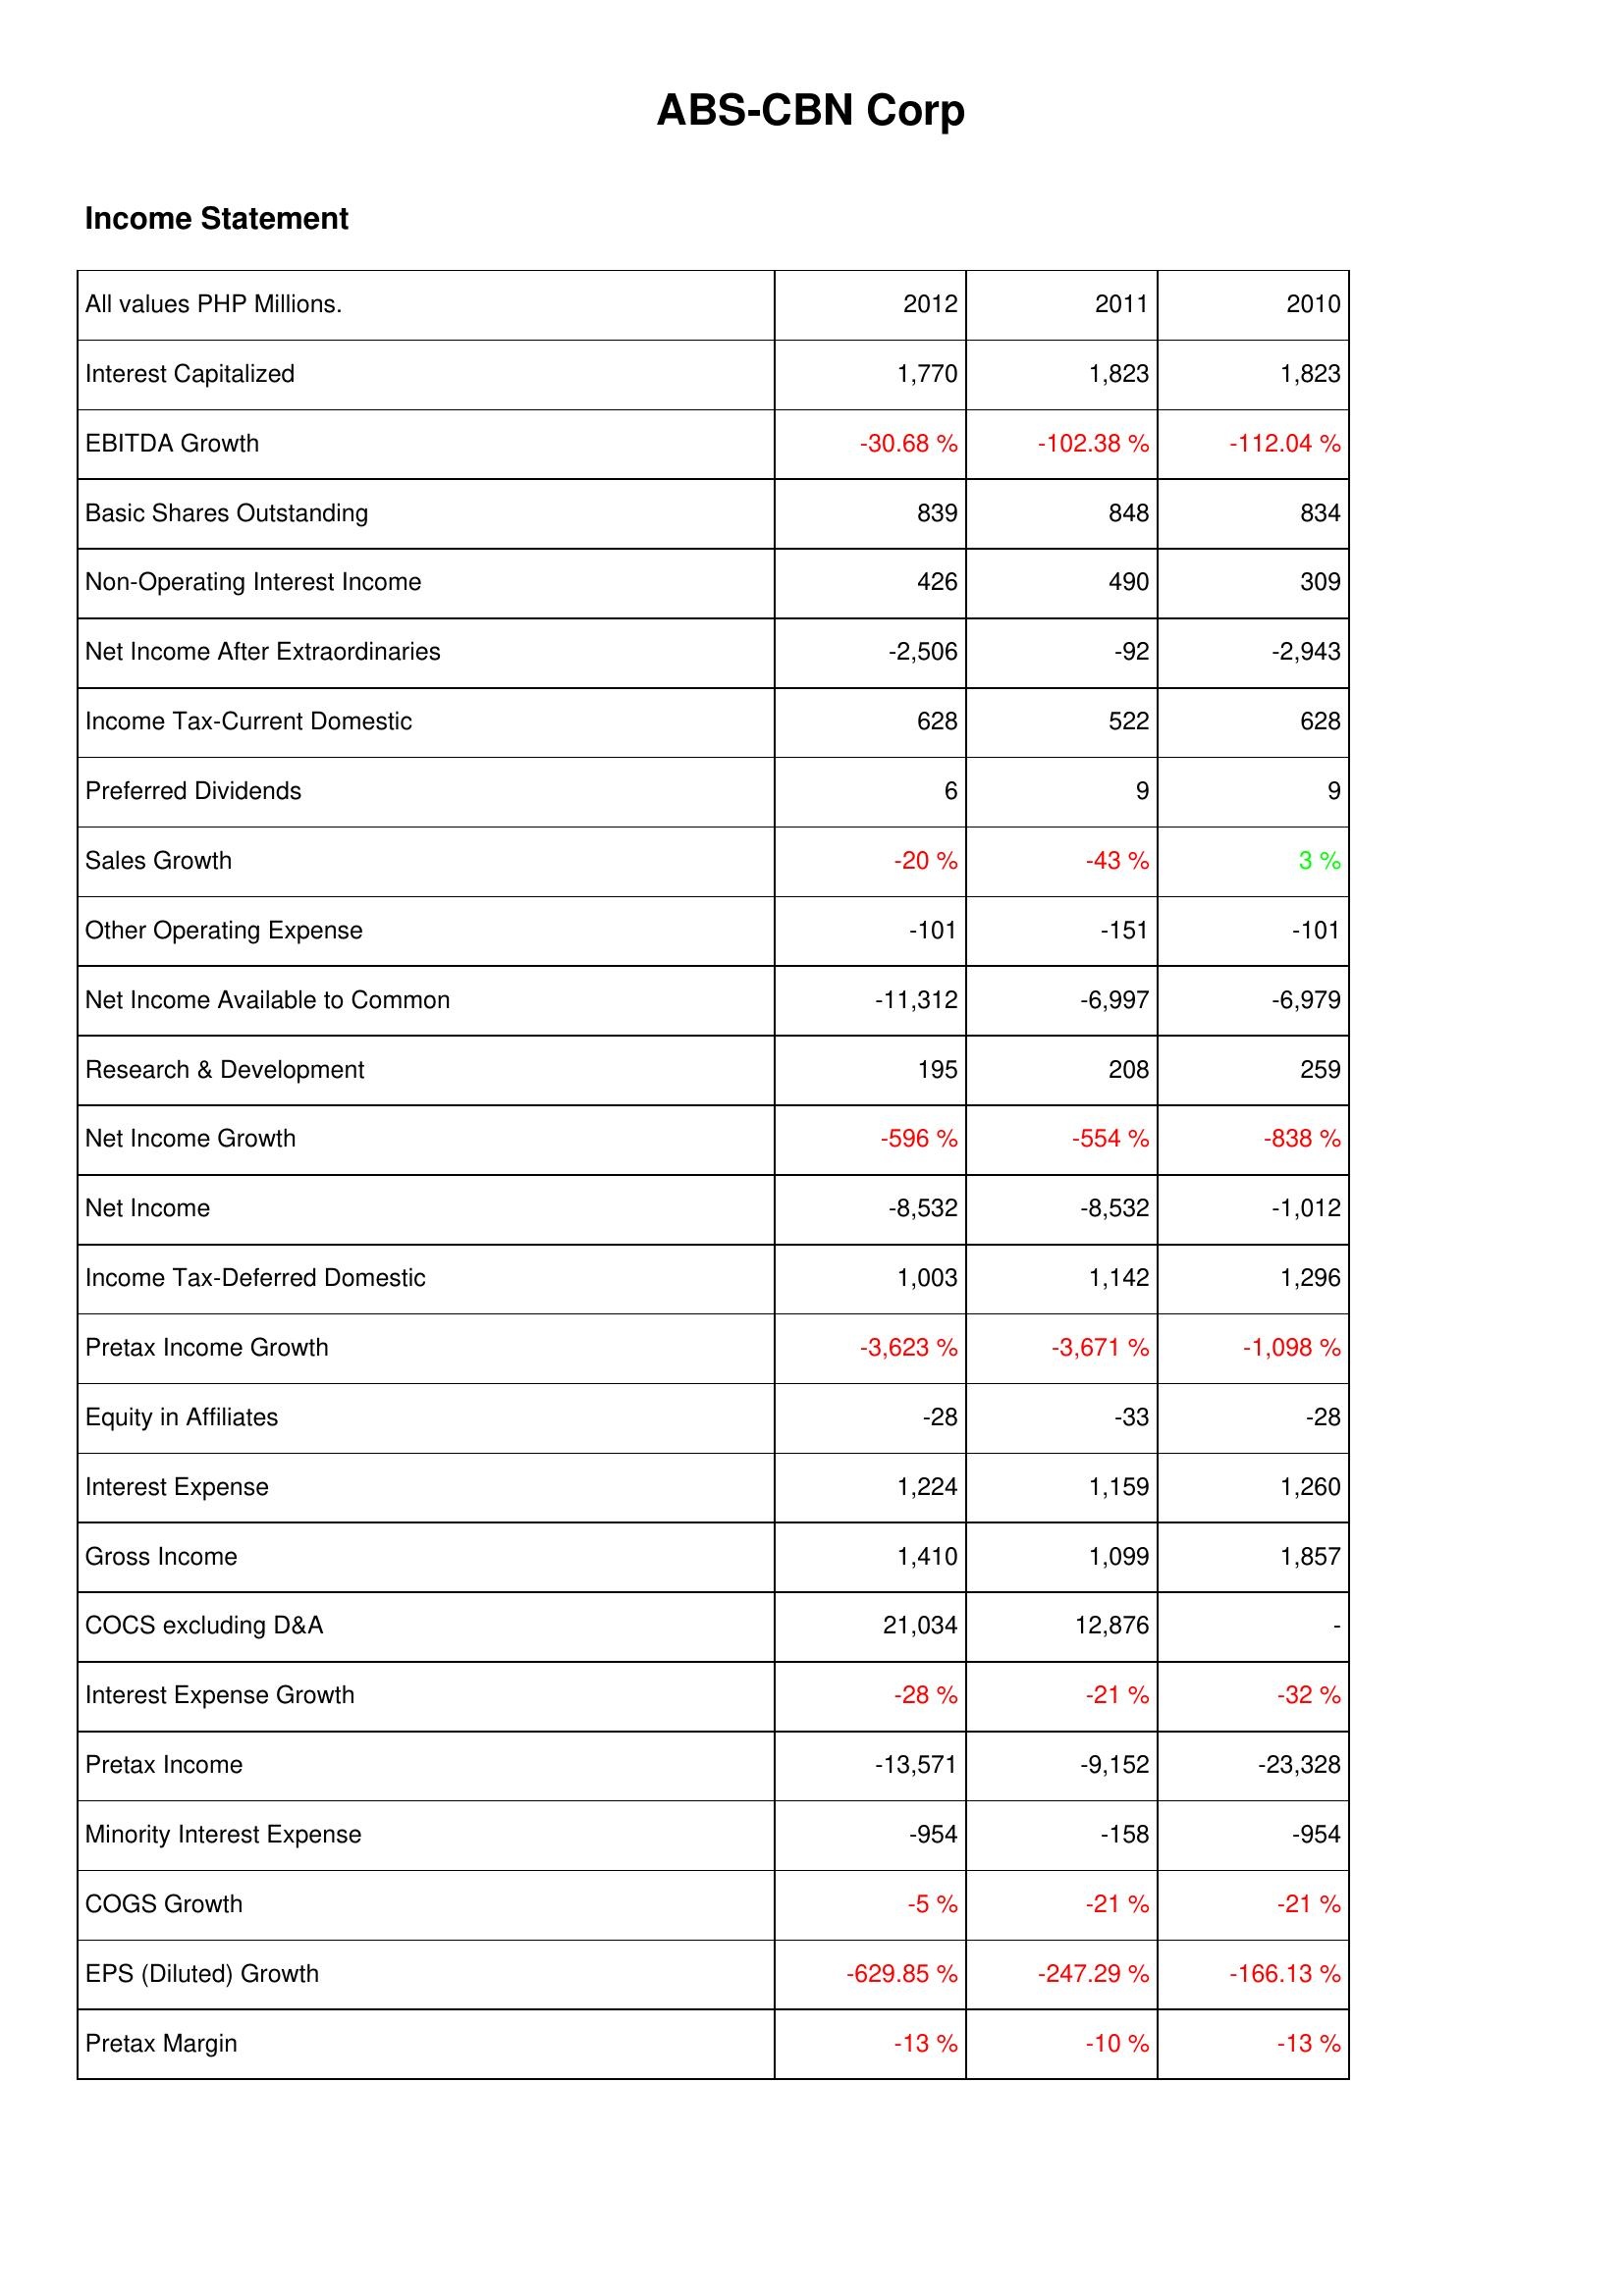
2012: Income Statement: Interest Capitalized: 1,770
EBITDA Growth: -30.68 %
Basic Shares Outstanding: 839
Non-Operating Interest Income: 426
Net Income After Extraordinaries: -2,506
Income Tax-Current Domestic: 628
Preferred Dividends: 6
Sales Growth: -20 %
Other Operating Expense: -101
Net Income Available to Common: -11,312
Research & Development: 195
Net Income Growth: -596 %
Net Income: -8,532
Income Tax-Deferred Domestic: 1,003
Pretax Income Growth: -3,623 %
Equity in Affiliates: -28
Interest Expense: 1,224
Gross Income: 1,410
COCS excluding D&A: 21,034
Interest Expense Growth: -28 %
Pretax Income: -13,571
Minority Interest Expense: -954
COGS Growth: -5 %
EPS (Diluted) Growth: -629.85 %
Pretax Margin: -13 %
2011: Income Statement: Interest Capitalized: 1,823
EBITDA Growth: -102.38 %
Basic Shares Outstanding: 848
Non-Operating Interest Income: 490
Net Income After Extraordinaries: -92
Income Tax-Current Domestic: 522
Preferred Dividends: 9
Sales Growth: -43 %
Other Operating Expense: -151
Net Income Available to Common: -6,997
Research & Development: 208
Net Income Growth: -554 %
Net Income: -8,532
Income Tax-Deferred Domestic: 1,142
Pretax Income Growth: -3,671 %
Equity in Affiliates: -33
Interest Expense: 1,159
Gross Income: 1,099
COCS excluding D&A: 12,876
Interest Expense Growth: -21 %
Pretax Income: -9,152
Minority Interest Expense: -158
COGS Growth: -21 %
EPS (Diluted) Growth: -247.29 %
Pretax Margin: -10 %
2010: Income Statement: Interest Capitalized: 1,823
EBITDA Growth: -112.04 %
Basic Shares Outstanding: 834
Non-Operating Interest Income: 309
Net Income After Extraordinaries: -2,943
Income Tax-Current Domestic: 628
Preferred Dividends: 9
Sales Growth: 3 %
Other Operating Expense: -101
Net Income Available to Common: -6,979
Research & Development: 259
Net Income Growth: -838 %
Net Income: -1,012
Income Tax-Deferred Domestic: 1,296
Pretax Income Growth: -1,098 %
Equity in Affiliates: -28
Interest Expense: 1,260
Gross Income: 1,857
COCS excluding D&A: -
Interest Expense Growth: -32 %
Pretax Income: -23,328
Minority Interest Expense: -954
COGS Growth: -21 %
EPS (Diluted) Growth: -166.13 %
Pretax Margin: -13 %